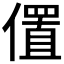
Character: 𫣧